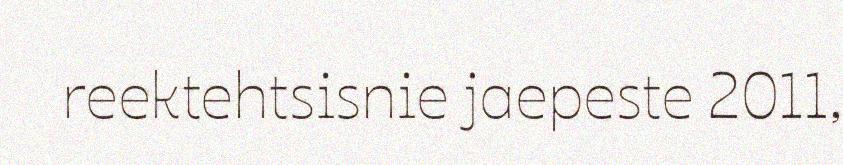
reektehtsisnie jaepeste 2011,